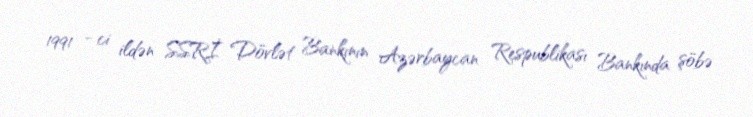
1991 - ci ildən SSRİ Dövlət Bankının Azərbaycan Respublikası Bankında şöbə